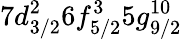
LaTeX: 7d_{3/2}^{2}6f_{5/2}^{3}5g_{9/2}^{10}